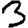
Digit: 3